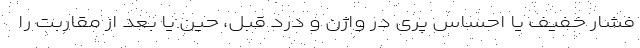
فشار خفیف یا احساس پُری در واژن و درد قبل، حین یا بعد از مقاربت را